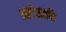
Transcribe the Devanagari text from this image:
आर्टसतर्फे